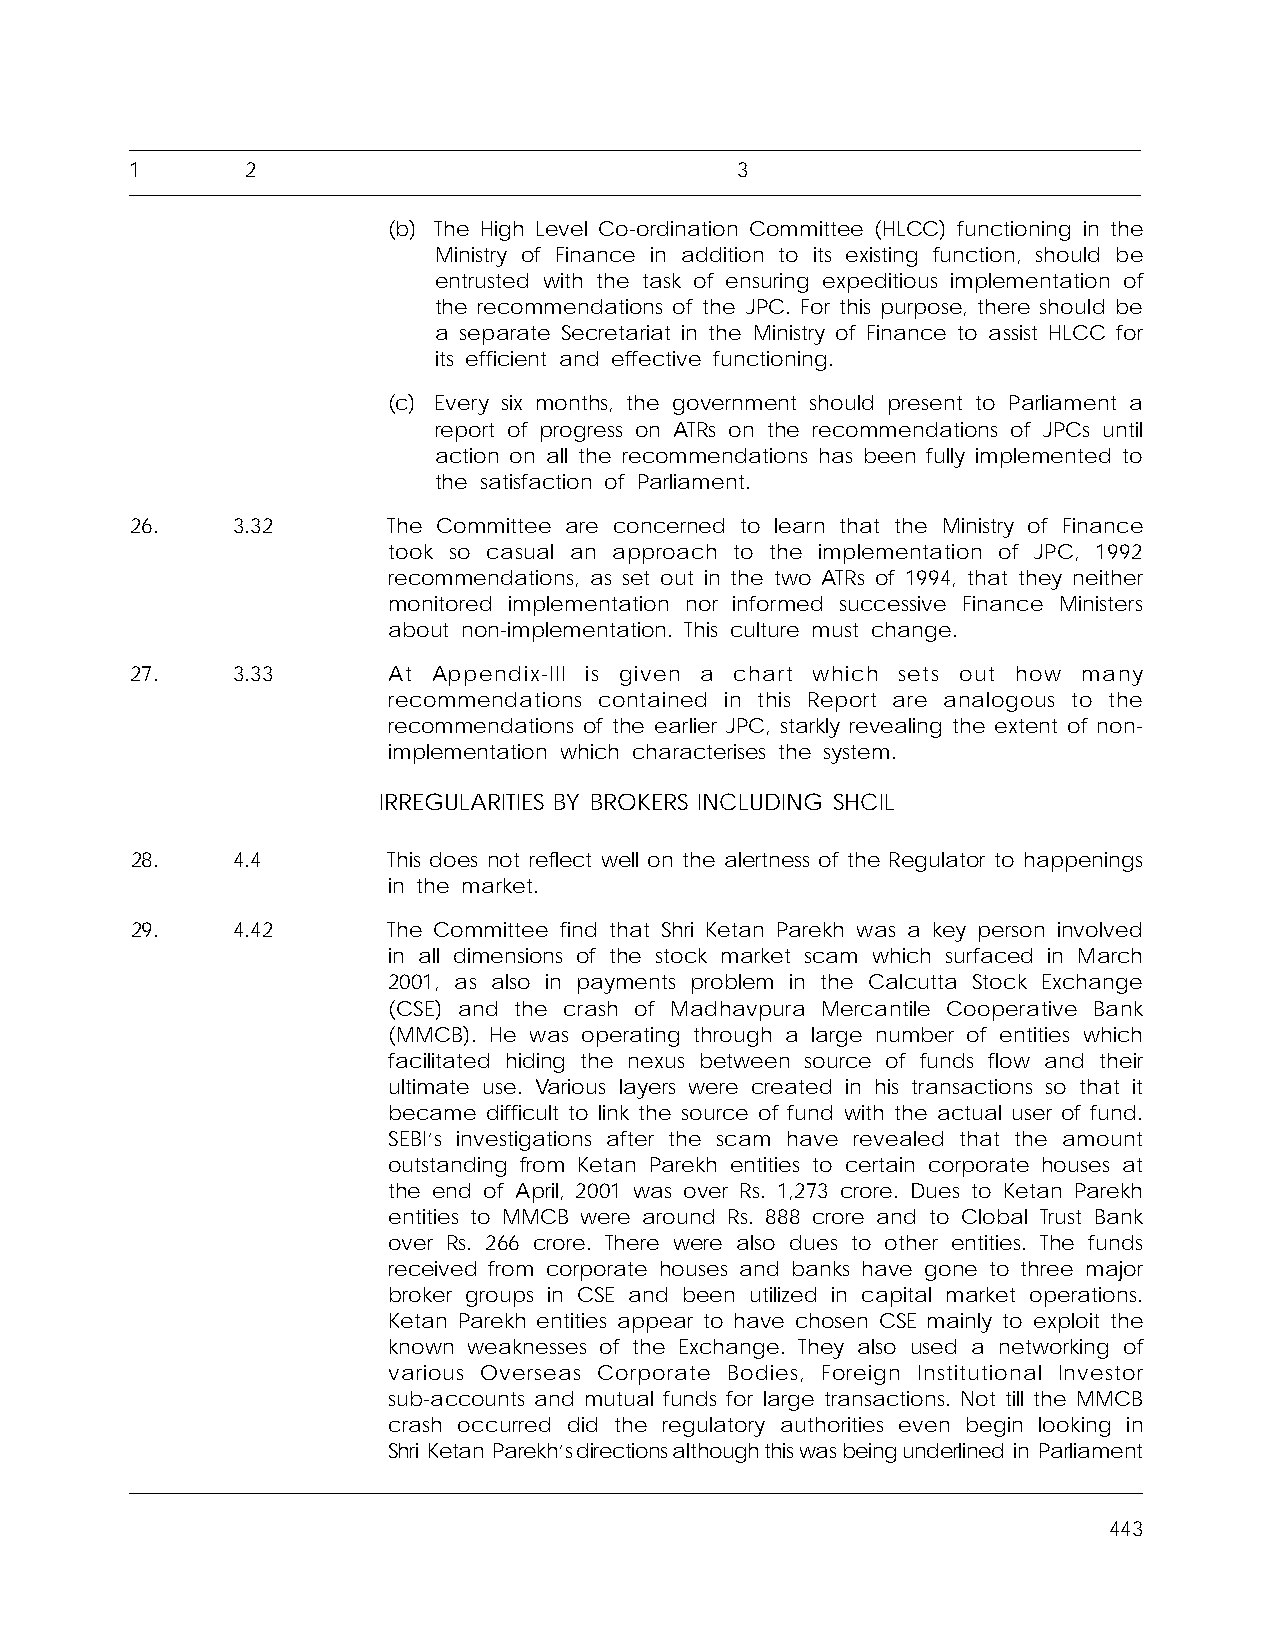
1      2                                3
 (b) The High Level Co-ordination Committee (HLCC) functioning in the
 Ministry of Finance in addition to its existing function, should be
 entrusted with the task of ensuring expeditious implementation of
 the recommendations of the JPC. For this purpose, there should be
 a separate Secretariat in the Ministry of Finance to assist HLCC for
 its efficient and effective functioning.
 (c) Every six months, the government should present to Parliament a
 report of progress on ATRs on the recommendations of JPCs until
 action on all the recommendations has been fully implemented to
 the satisfaction of Parliament.
 26.   3.32       The Committee are concerned to learn that the Ministry of Finance
 took so casual an approach to the implementation of JPC, 1992
 recommendations, as set out in the two ATRs of 1994, that they neither
 monitored implementation nor informed successive Finance Ministers
 about non-implementation. This culture must change.
 27.   3.33       At Appendix-III is given a chart which sets out how many
 recommendations contained in this Report are analogous to the
 recommendations of the earlier JPC, starkly revealing the extent of non-
 implementation which characterises the system.
 IRREGULARITIES BY BROKERS INCLUDING SHCIL
 28.   4.4        This does not reflect well on the alertness of the Regulator to happenings
 in the market.
 29.   4.42       The Committee find that Shri Ketan Parekh was a key person involved
 in all dimensions of the stock market scam which surfaced in March
 2001, as also in payments problem in the Calcutta Stock Exchange
 (CSE) and the crash of Madhavpura Mercantile Cooperative Bank
 (MMCB). He was operating through a large number of entities which
 facilitated hiding the nexus between source of funds flow and their
 ultimate use. Various layers were created in his transactions so that it
 became difficult to link the source of fund with the actual user of fund.
 SEBI’s investigations after the scam have revealed that the amount
 outstanding from Ketan Parekh entities to certain corporate houses at
 the end of April, 2001 was over Rs. 1,273 crore. Dues to Ketan Parekh
 entities to MMCB were around Rs. 888 crore and to Clobal Trust Bank
 over Rs. 266 crore. There were also dues to other entities. The funds
 received from corporate houses and banks have gone to three major
 broker groups in CSE and been utilized in capital market operations.
 Ketan Parekh entities appear to have chosen CSE mainly to exploit the
 known weaknesses of the Exchange. They also used a networking of
 various Overseas Corporate Bodies, Foreign Institutional Investor
 sub-accounts and mutual funds for large transactions. Not till the MMCB
 crash occurred did the regulatory authorities even begin looking in
 Shri Ketan Parekh’sdirectionsalthoughthiswasbeingunderlined in Parliament
 443